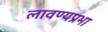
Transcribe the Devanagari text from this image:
लावण्यप्रभा